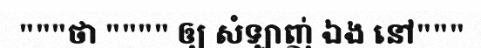
"""ថា """" ឲ្យ សំឡាញ់ ឯង នៅ"""